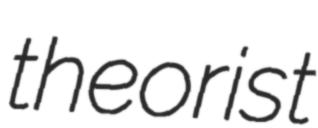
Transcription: theorist